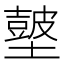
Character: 𡒢